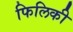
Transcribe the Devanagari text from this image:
फिलिकी